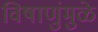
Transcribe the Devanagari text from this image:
विषाणुंमुळे